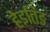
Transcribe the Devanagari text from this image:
हेइतिङ